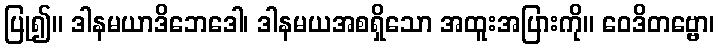
ပြု၍။ ဒါနမယာဒိဘေဒေါ၊ ဒါနမယအစရှိသော အထူးအပြားကို။ ဝေဒိတဗ္ဗော၊